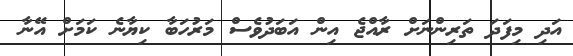
އަދި މިފަދަ ތަރިންނަށް ރާއްޖެ އިން އަބަދުވެސް މަރުހަބާ ކިޔާނެ ކަމަށް އޭނާ